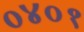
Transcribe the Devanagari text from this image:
०४०१